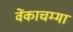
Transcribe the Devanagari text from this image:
वेंकाचम्मा